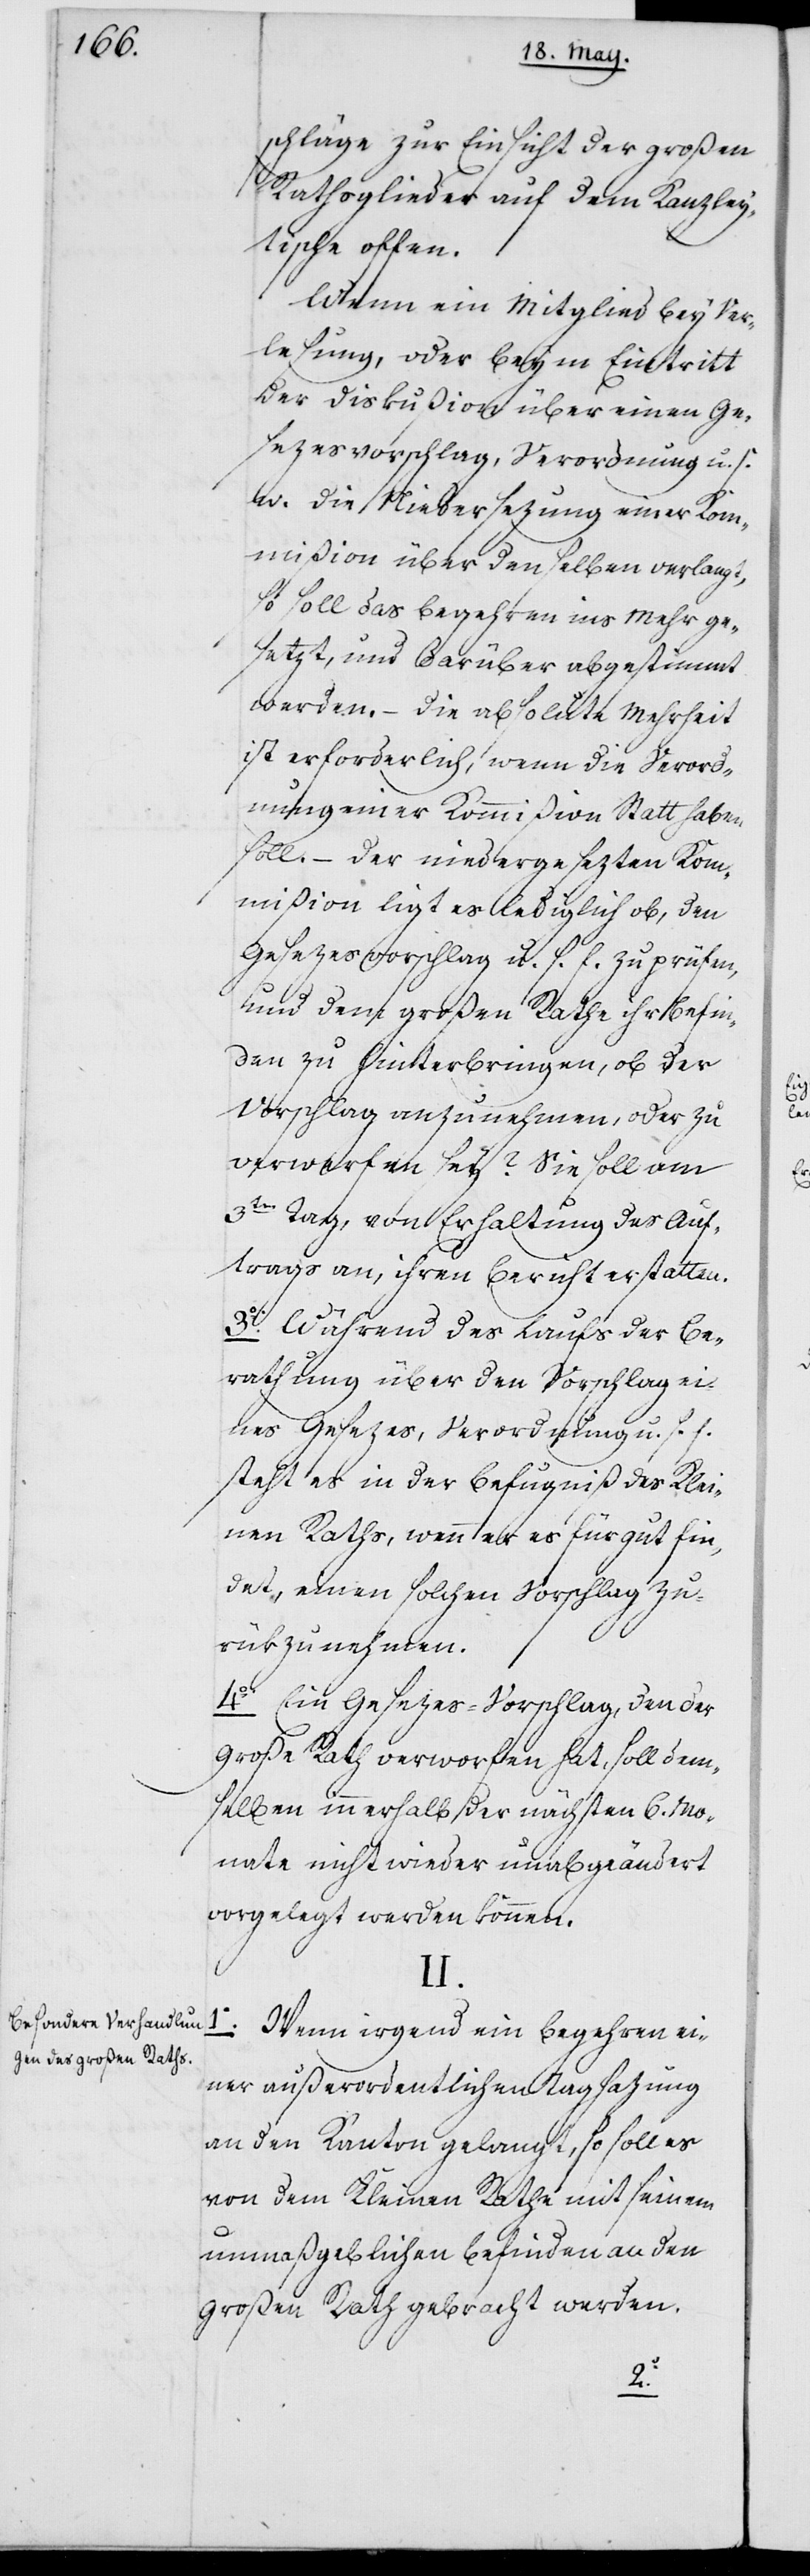
Besondere Verhandlun¬
gen des Großen Raths.

schläge zur Einsicht der großen
Rathsglieder auf dem Kanzley¬
tische offen.
Wenn ein Mitglied bey Ver¬
lesung, oder bey’m Eintritt
der Diskußion über einen Ge¬
sezesvorschlag, Verordnung u. s.
w. die Niedersezung einer Ko¬
mmißion über denselben verlangt,
so soll das Begehren ins Mehr ge¬
setzt, und darüber abgestimmt
werden. – Die absolute Mehrheit
ist erforderlich, wenn die Verord¬
nung einer Kommißion Statt haben
soll. – Der niedergesezten Kom¬
mißion ligt es lediglich ob, den
Gesetzesvorschlag u. s. f. zu prüfen,
und dem großen Rathe ihr Befin¬
den zu hinterbringen, ob der
Vorschlag anzunehmen, oder zu
verwerfen sey? Sie soll am
3ten Tag, von Erhaltung des Auf¬
trags an, ihren Bericht erstatten.
3o Während des Laufs der Be¬
rathung, über den Vorschlag ei¬
nes Gesezes, Verordnung u. s. f.
steht es in der Befugniß des Klei¬
nen Raths, wenn er es für gut fin¬
det, einen solchen Vorschlag zu¬
rükzurufen.
4o Ein Gesezes-Vorschlag, den der
Große Rath verworfen hat, soll dem¬
selben innerhalb der nächsten 6. Mo¬
nate nicht wieder unabgeändert
vorgelegt werden können.
II.
1o Wenn irgend ein Begehren ei¬
ner außerordentlichen Tagsazung
an den Kanton gelangt, so soll es
von dem Kleinen Rathe mit seinem
unmaßgeblichen Befinden an den
Großen Rath gebracht werden.